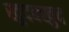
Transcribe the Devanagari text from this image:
खुदबखुद